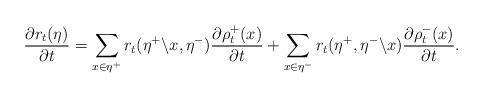
LaTeX: \begin{align*} \frac{\partial r_t(\eta)}{\partial t} = \sum \limits_{x \in \eta^+}r_t(\eta^+ \backslash x, \eta^-)\frac{\partial \rho_t^+(x)}{\partial t} + \sum \limits_{x \in \eta^-}r_t(\eta^+, \eta^- \backslash x)\frac{\partial \rho_t^-(x)}{\partial t}. \end{align*}